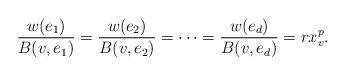
LaTeX: \begin{align*}\frac{w(e_1)}{B(v,e_1)}=\frac{w(e_2)}{B(v,e_2)}=\cdots=\frac{w(e_d)}{B(v,e_d)}=rx_v^p.\end{align*}